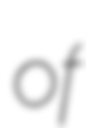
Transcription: of